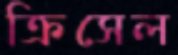
ক্রিসেল